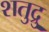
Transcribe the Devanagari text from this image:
शतुद्रु